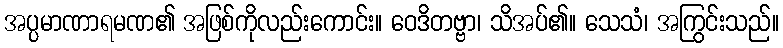
အပ္ပမာဏာရမဏ၏ အဖြစ်ကိုလည်းကောင်း။ ဝေဒိတဗ္ဗာ၊ သိအပ်၏။ သေသံ၊ အကြွင်းသည်။